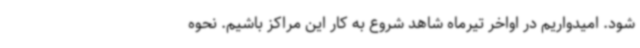
شود. امیدواریم در اواخر تیرماه شاهد شروع به کار این مراکز باشیم. نحوه